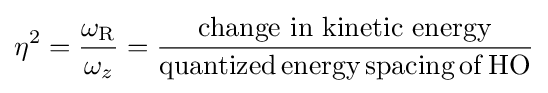
\eta ^{2}={\frac {\omega _{\rm {R}}}{\omega _{z}}}={\frac {\mathrm {change~in~kinetic~energy} }{\mathrm {quantized\,energy\,spacing\,of\,HO} }}